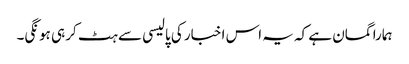
ہمارا گمان ہے کہ یہ اس اخبار کی پالیسی سے ہٹ کر ہی ہونگی۔